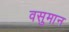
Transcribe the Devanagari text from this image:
वसुमान